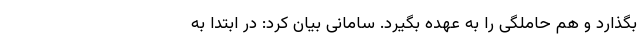
بگذارد و هم حاملگی را به عهده بگیرد. سامانی بیان کرد: در ابتدا به